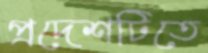
প্রদেশটিতে